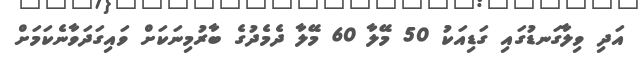
އަދި ވިލާގަނޑުގައި ގަޑިއަކު 50 މޭލާ 60 މޭލާ ދެމެދުގެ ބާރުމިނަކަށް ވައިގަދަވާނެކަމަށް